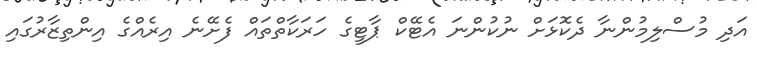
އަދި މުސްލިމުންނާ ދެކޮޅަށް ނުކުންނަ އެޓޭކް ޕާޓީގެ ހަރަކާތްތައް ފެށޭނެ އިރެއްގެ އިންތިޒާރުގައި